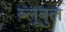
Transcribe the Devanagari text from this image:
ब्लूबुल